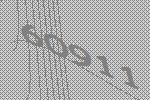
60911